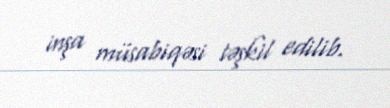
inşa müsabiqəsi təşkil edilib.